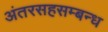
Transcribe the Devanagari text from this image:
अंतरसहसम्बन्ध